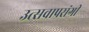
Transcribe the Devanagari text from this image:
उत्सवाप्रसंगी